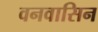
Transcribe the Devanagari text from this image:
वनवासिन